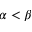
\alpha < \beta